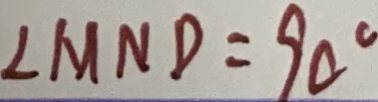
\angle M N D = 9 0 ^ { \circ }